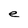
Character: e